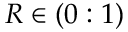
R \in ( 0 : 1 )